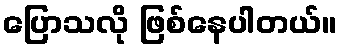
ပြောသလို ဖြစ်နေပါတယ်။